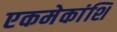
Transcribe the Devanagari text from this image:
एकमेकांशि